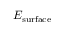
E _ { \mathrm { s u r f a c e } }